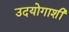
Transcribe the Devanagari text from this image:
उदयोगाशी